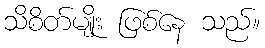
သိစိတ်မျိုး ဖြစ်နေ သည်။